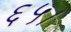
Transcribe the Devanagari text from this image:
६५।